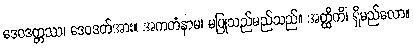
ဒေဝဒတ္တဿ၊ ဒေဝဒတ်အား။ အကတံနာမ၊ မပြုသည်မည်သည်။ အတ္ထိကိံ၊ ရှိမည်လော။